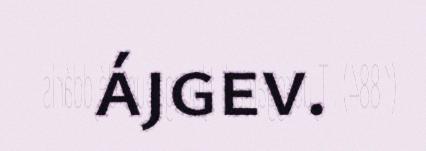
ájgev.